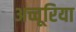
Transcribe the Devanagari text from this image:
अच्चूरिया